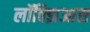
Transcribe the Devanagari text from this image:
लॉक्झिआस